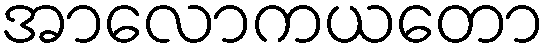
အာလောကယတော